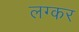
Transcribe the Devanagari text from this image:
लग्कर